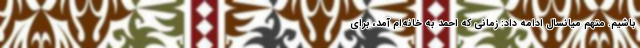
باشیم. متهم میانسال ادامه داد: زمانی که احمد به خانه‌ام آمد، برای